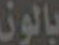
بالون